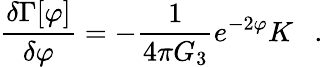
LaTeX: {\frac{\delta\Gamma[\varphi]}{\delta\varphi}}=-{\frac{1}{4\pi G_{3}}}e^{-2\varphi}K~~~.